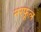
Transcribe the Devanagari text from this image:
नरफूल